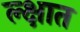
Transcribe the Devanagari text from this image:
ल्क्षात